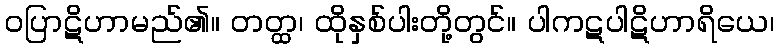
ဝပြာဋိဟာမည်၏။ တတ္ထ၊ ထိုနှစ်ပါးတို့တွင်။ ပါကဋပါဋိဟာရိယေ၊